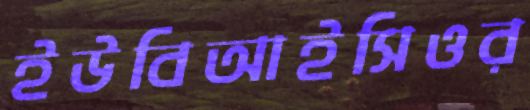
ইউবিআইসিওর